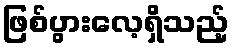
ဖြစ်ပွားလေ့ရှိသည့်